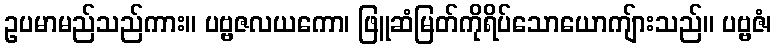
ဥပမာမည်သည်ကား။ ပဗ္ဗဇလယကော၊ ဖြူဆံမြတ်ကိုရိပ်သောယောကျ်ားသည်။ ပဗ္ဗဇံ၊